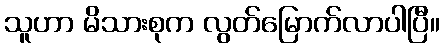
သူဟာ မိသားစုက လွတ်မြောက်လာပါပြီ။